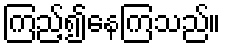
ကြည့်၍နေကြသည်။